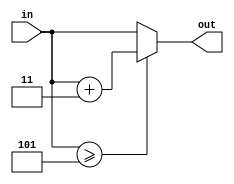
module macro(
    input [3:0] in,
     output [3:0] out
);
assign out = (in >= 4'b0101) ? in + 3 : in;

endmodule